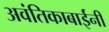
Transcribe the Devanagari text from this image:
अवंतिकाबाईंनी